Rangoon Lunatic Asylum 1878-1892 - 1878-1892
Year: 1878
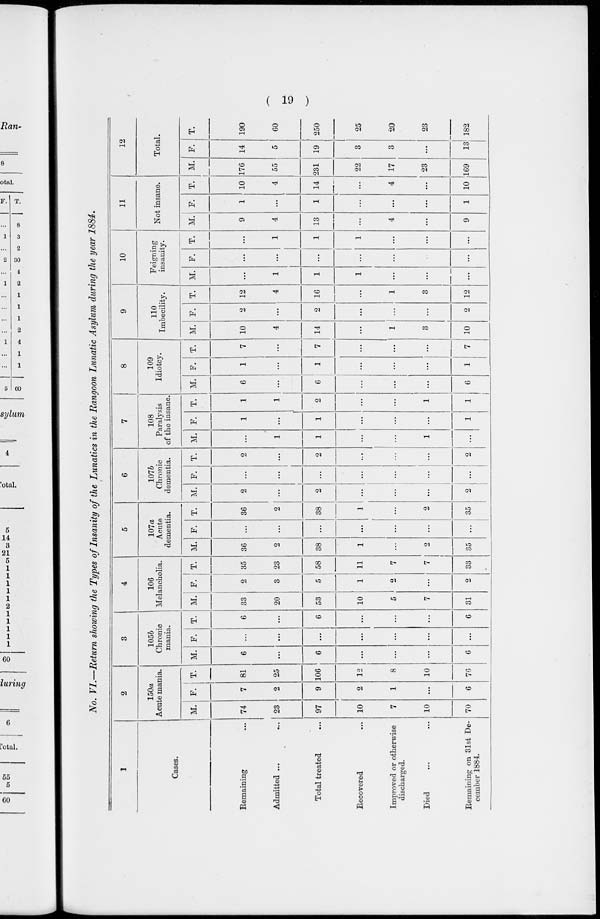
( 19 )
No. VI.—Return showing the Types of Insanity of the Lunatics in the Rangoon Lunatic Asylum during the year 1884.
1
Cases.
Remaining ...
Admitted ... ...
Total treated ...
Recovered ...
Improved or otherwise
discharged.
Died ... ...
Remaining on 31st De-
cember 1884.
2
150a
Acute mania.
M.
74
23
97
10
7
10
70
F.
7
2
9
2
1
...
6
T.
81
25
106
12
8
10
76
3
105b
Chronic
mania.
M.
6
...
6
...
...
...
6
F.
...
...
...
...
...
...
...
T.
6
...
6
...
...
...
6
4
106
Melancholia.
M.
33
20
53
10
5
7
31
F.
2
3
5
1
2
...
2
T.
35
23
58
11
7
7
33
5
107a
Acute
dementia.
M.
36
2
38
1
...
2
35
F.
...
...
...
...
...
...
...
T.
36
2
38
1
...
2
35
6
107b
Chronic
dementia.
M.
2
...
2
...
...
...
2
F.
...
...
...
...
...
...
...
T.
2
...
2
...
...
...
2
7
108
Paralysis
of the insane.
M.
...
1
1
...
...
1
...
F.
1
...
1
...
...
...
1
T.
1
1
2
...
...
1
1
8
109
Idiotcy.
M.
6
...
6
...
...
...
6
F.
1
...
1
...
...
...
1
T.
7
...
7
...
...
...
7
9
110
Imbecility.
M.
10
4
14
...
1
3
10
F.
2
...
2
...
...
...
2
T.
12
4
16
...
1
3
12
10
Feigning
insanity.
M.
...
1
1
1
...
...
...
F.
...
...
...
...
...
...
...
T.
...
1
1
1
...
...
...
11
Not insane.
M.
9
4
13
...
4
...
9
F.
1
...
1
...
...
...
1
T.
10
4
14
...
4
...
10
12
Total.
M.
176
55
231
22
17
23
169
F.
14
5
19
3
3
...
13
T.
190
60
250
25
20
23
182